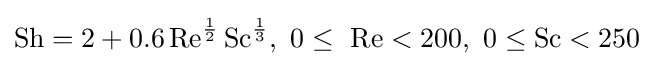
\mathrm {Sh} =2+0.6\,\mathrm {Re} ^{\frac {1}{2}}\,\mathrm {Sc} ^{\frac {1}{3}},~0\leq ~\mathrm {Re} <200,~0\leq \mathrm {Sc} <250